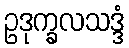
ဥဒုက္ခလသဒ္ဒံ